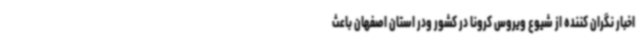
اخبار نگران کننده از شیوع ویروس کرونا در کشور ودر استان اصفهان باعث